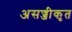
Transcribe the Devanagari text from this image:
असज्जीकृत